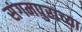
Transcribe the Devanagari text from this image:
संगमपुराच्या